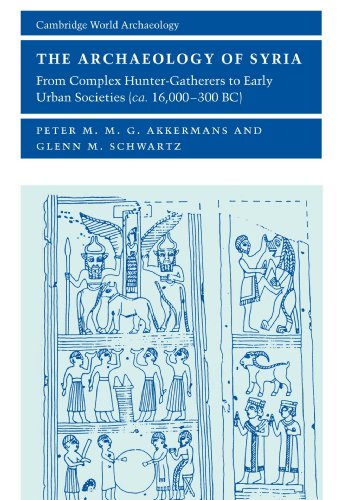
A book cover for The Archaeology of Syria: From Complex Hunter-Gatherers to Early Urban Societies (c.16,000-300 BC) (Cambridge World Archaeology); Peter M. M. G. Akkermans; History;